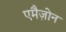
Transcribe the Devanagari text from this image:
एमैज़ोन